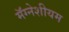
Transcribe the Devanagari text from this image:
मॅग्नेशीयम